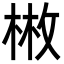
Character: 𢽳